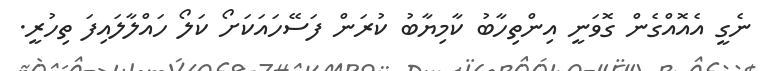
ނެގީ އެއޮއްގެން ގޮވަނީ އިންތިހާބު ކާމިޔާބު ކުރަން ފަސޭހައަކަށޯ ކަލޯ ހައްލާލައިފަ ތިހުރީ.